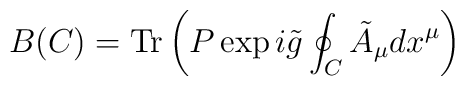
B(C)= {\rm Tr} \left( P \exp i\tilde{g} \oint_C \tilde{A}_\mu dx^\mu \right)